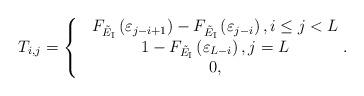
LaTeX: \begin{align*}&{T_{i,j}} =\left\{ {\begin{matrix} &{{F_{\tilde E_{\rm I}}}\left( \varepsilon_{j-i+1} \right)-{F_{\tilde E_{\rm I}}}\left( \varepsilon_{j-i} \right) , i\le j<L}\\ & {1- {F_{\tilde E_{\rm I}}}\left( \varepsilon_{L-i} \right), j=L}\\ &{0, }\\\end{matrix} } \right..\\\end{align*}